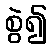
စွဲ၍